Sanitation, dispensaries and jails vaccination Rajputana 1922-1927 - 1922-1927
Year: 1922
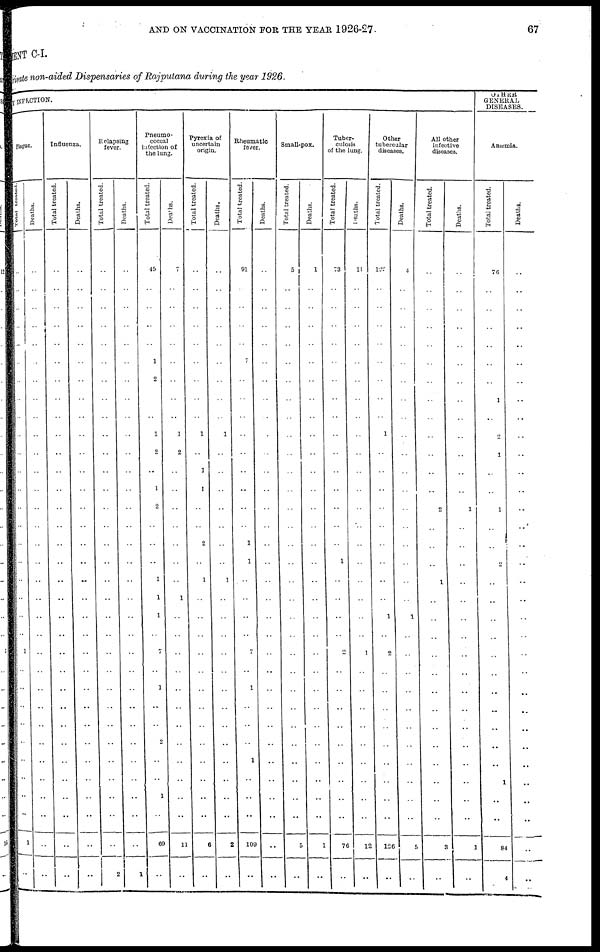
AND ON VACCINATION FOR THE YEAR 1926-27.
67
MENT C-I.
Private non-aided Dispensaries of Rajputana during the year 1926.
By INFECTION.
Plague.
Total Treated.
..
..
..
..
..
..
..
..
..
..
..
..
..
..
..
..
..
..
..
..
..
1
..
..
..
..
..
..
..
..
..
1
..
Deaths.
..
..
..
..
..
..
..
..
..
..
..
..
..
..
..
..
..
..
..
..
..
..
..
..
..
..
..
..
..
..
..
..
..
Influenza.
Total treated.
..
..
..
..
..
..
..
..
..
..
..
..
..
..
..
..
..
..
..
..
..
..
..
..
..
..
..
..
..
..
..
..
..
Deaths.
..
..
..
..
..
..
..
..
..
..
..
..
..
..
..
..
..
..
..
..
..
..
..
..
..
..
..
..
..
..
..
..
..
Relapsing
fever.
Total treated.
..
..
..
..
..
..
..
..
..
..
..
..
..
..
..
..
..
..
..
..
..
..
..
..
..
..
..
..
..
..
..
..
2
Deaths.
..
..
..
..
..
..
..
..
..
..
..
..
..
..
..
..
..
..
..
..
..
..
..
..
..
..
..
..
..
..
..
..
1
Pneumo-
coccal
infection of
the lung.
Total treated.
45
..
..
..
..
1
2
..
..
1
2
..
1
2
..
..
..
1
1
1
..
7
..
1
..
..
2
..
..
1
..
69
..
Deaths.
7
..
..
..
..
..
..
..
..
1
2
..
..
..
..
..
..
..
1
..
..
..
..
..
..
..
..
..
..
..
..
11
..
Pyrexia of
uncertain
origin.
Total treated.
..
..
..
..
..
..
..
..
..
1
..
1
1
..
..
2
..
1
..
..
..
..
..
..
..
..
..
..
..
..
..
6
..
Deaths.
..
..
..
..
..
..
..
..
..
1
..
..
..
..
..
..
..
1
..
..
..
..
..
..
..
..
..
..
..
..
..
2
..
Rheumatic
fever.
Total treated.
91
..
..
..
..
7
..
..
..
..
..
..
..
..
..
1
1
..
..
..
..
7
..
1
..
..
..
1
..
..
..
109
..
Deaths.
..
..
..
..
..
..
..
..
..
..
..
..
..
..
..
..
..
..
..
..
..
..
..
..
..
..
..
..
..
..
..
..
..
Small-pox.
Total treated.
5
..
..
..
..
..
..
..
..
..
..
..
..
..
..
..
..
..
..
..
..
..
..
..
..
..
..
..
..
..
..
5
..
Deaths.
1
..
..
..
..
..
..
..
..
..
..
..
..
..
..
..
..
..
..
..
..
..
..
..
..
..
..
..
..
..
..
1
..
Tuber-
culosis
of the lung.
Total treated.
73
..
..
..
..
..
..
..
..
..
..
..
..
..
..
..
1
..
..
..
2
..
..
..
..
..
..
..
..
..
76
..
Deaths.
11
..
..
..
..
..
..
..
..
..
..
..
..
..
..
..
..
..
..
..
..
1
..
..
..
..
..
..
..
..
..
12
..
Other
tubercular
diseases.
Total treated.
122
..
..
..
..
..
..
..
..
1
..
..
..
..
..
..
..
..
..
1
..
2
..
..
..
..
..
..
..
..
..
126
..
Deaths.
4
..
..
..
..
..
..
..
..
..
..
..
..
..
..
..
..
..
..
1
..
..
..
..
..
..
..
..
..
..
..
5
..
All other
infective
diseases.
Total treated.
..
..
..
..
..
..
..
..
..
..
..
..
..
2
..
..
..
1
..
..
..
..
..
..
..
..
..
..
..
..
..
3
..
Deaths.
..
..
..
..
..
..
..
..
..
..
..
..
..
1
..
..
..
..
..
..
..
..
..
..
..
..
..
..
..
..
..
1
..
OTHER
GENERAL
DISEASES.
Anæmia.
Total treated.
76
..
..
..
..
..
..
1
..
2
1
..
..
1
..
..
2
..
..
..
..
..
..
..
..
..
..
..
1
..
..
84
4
Deaths.
..
..
..
..
..
..
..
..
..
..
..
..
..
..
..
..
..
..
..
..
..
..
..
..
..
..
..
..
..
..
..
..
..